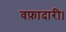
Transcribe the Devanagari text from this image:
वफ़ादारी।